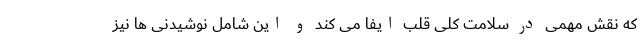
که نقش مهمی در سلامت کلی قلب ایفا می کند و این شامل نوشیدنی ها نیز